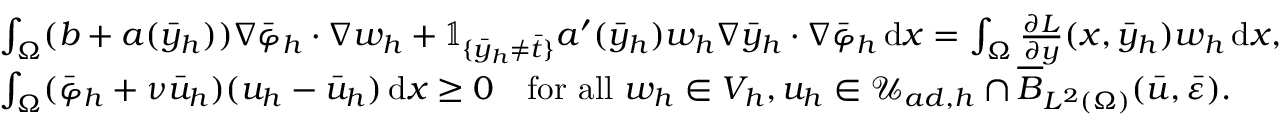
\begin{array} { r l } & { \int _ { \Omega } ( b + a ( \bar { y } _ { h } ) ) \nabla \bar { \varphi } _ { h } \cdot \nabla w _ { h } + \mathbb { 1 } _ { \{ \bar { y } _ { h } \neq \bar { t } \} } a ^ { \prime } ( \bar { y } _ { h } ) w _ { h } \nabla \bar { y } _ { h } \cdot \nabla \bar { \varphi } _ { h } \, \mathrm { d } x = \int _ { \Omega } \frac { \partial L } { \partial y } ( x , \bar { y } _ { h } ) w _ { h } \, \mathrm { d } x , } \\ & { \int _ { \Omega } ( \bar { \varphi } _ { h } + \nu \bar { u } _ { h } ) ( u _ { h } - \bar { u } _ { h } ) \, \mathrm { d } x \geq 0 \quad \mathrm { f o r ~ a l l ~ } w _ { h } \in V _ { h } , u _ { h } \in \mathcal { U } _ { a d , h } \cap \overline { B } _ { L ^ { 2 } ( \Omega ) } ( \bar { u } , \bar { \varepsilon } ) . } \end{array}